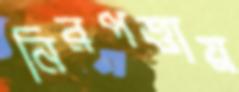
নিরপত্তায়